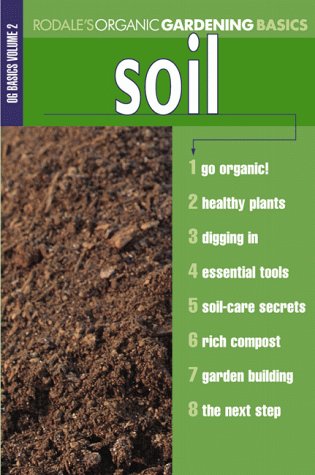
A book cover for Organic Gardening Basics: Soil; The Editors of Organic Gardening Magazine; Crafts, Hobbies & Home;